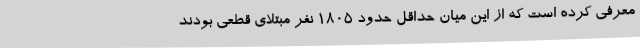
معرفی کرده است که از این میان حداقل حدود 1805 نفر مبتلای قطعی بودند